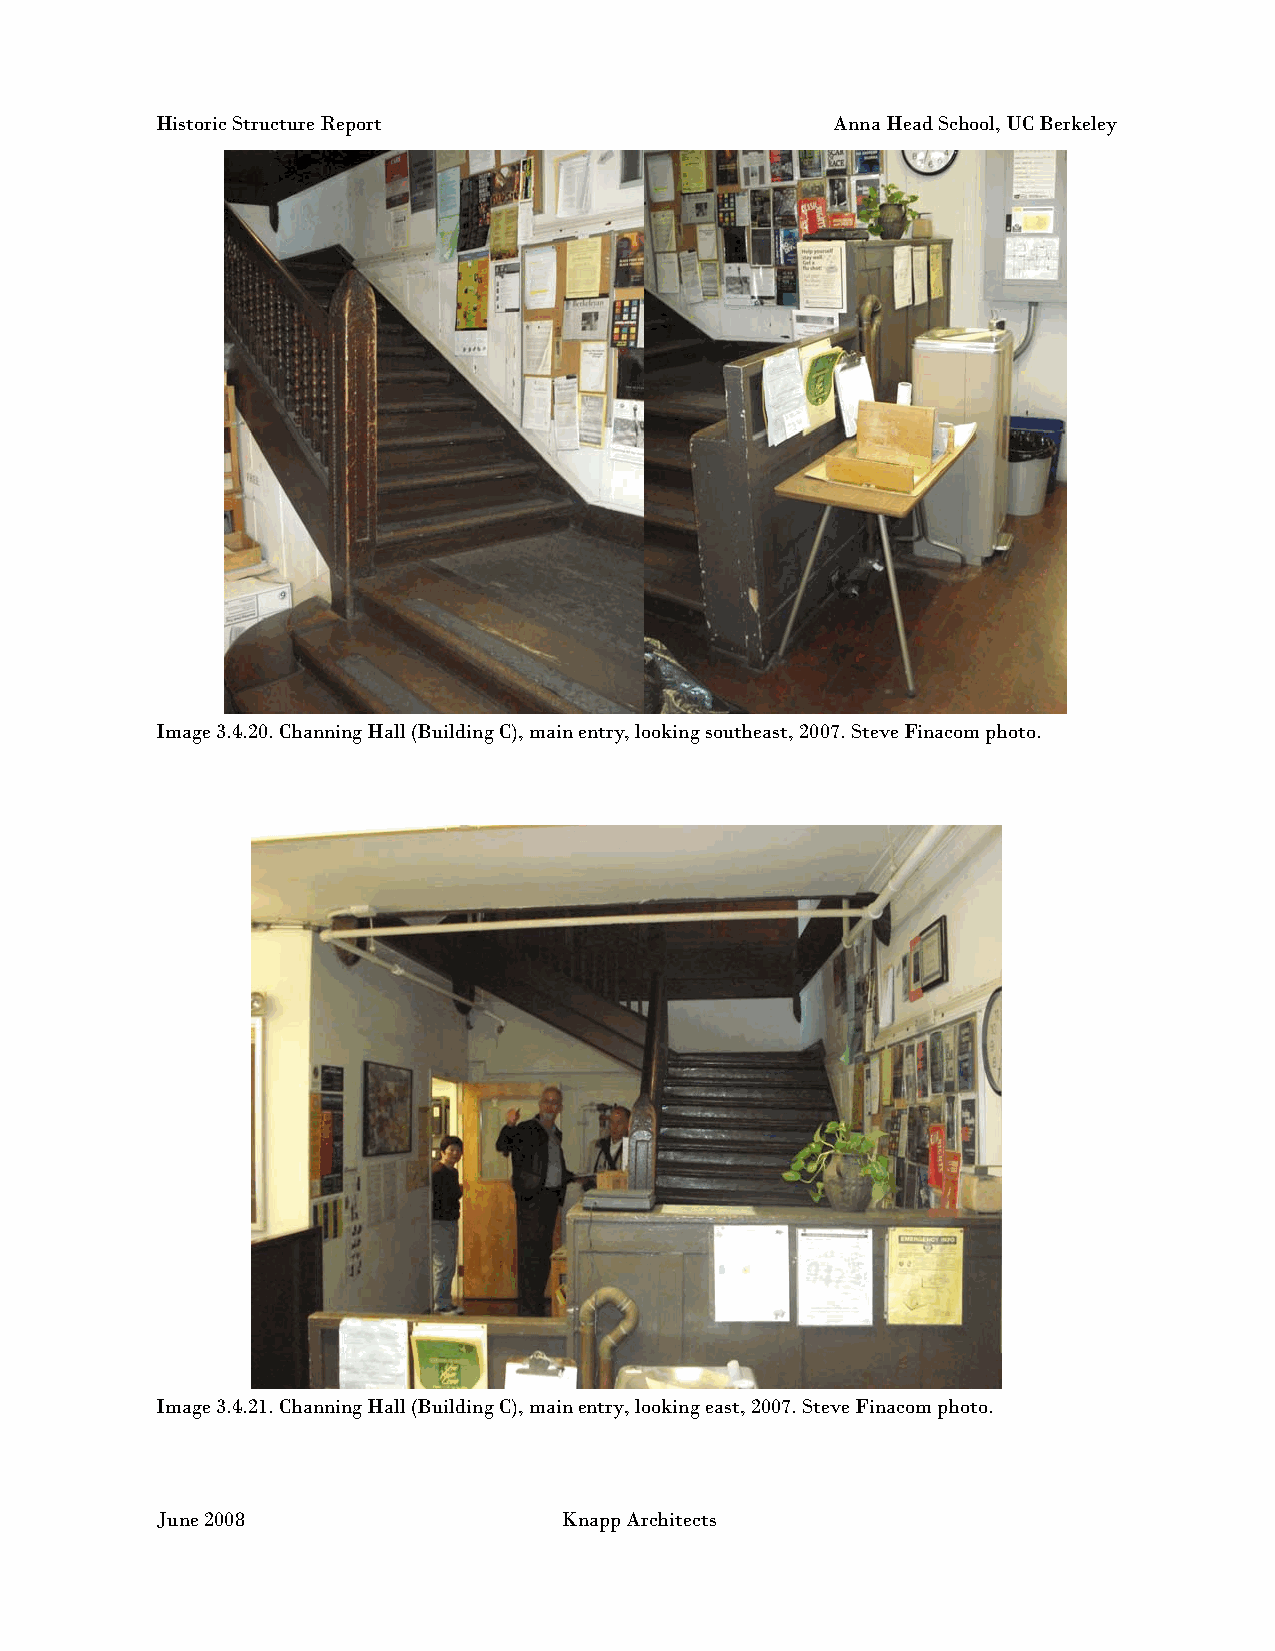
Historic Structure Report                    Anna Head School, UC Berkeley
 Image 3.4.20. Channing Hall (Building C), main entry, looking southeast, 2007. Steve Finacom photo.
 Image 3.4.21. Channing Hall (Building C), main entry, looking east, 2007. Steve Finacom photo.
 June 2008                  Knapp Architects